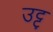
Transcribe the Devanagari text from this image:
उट्ट